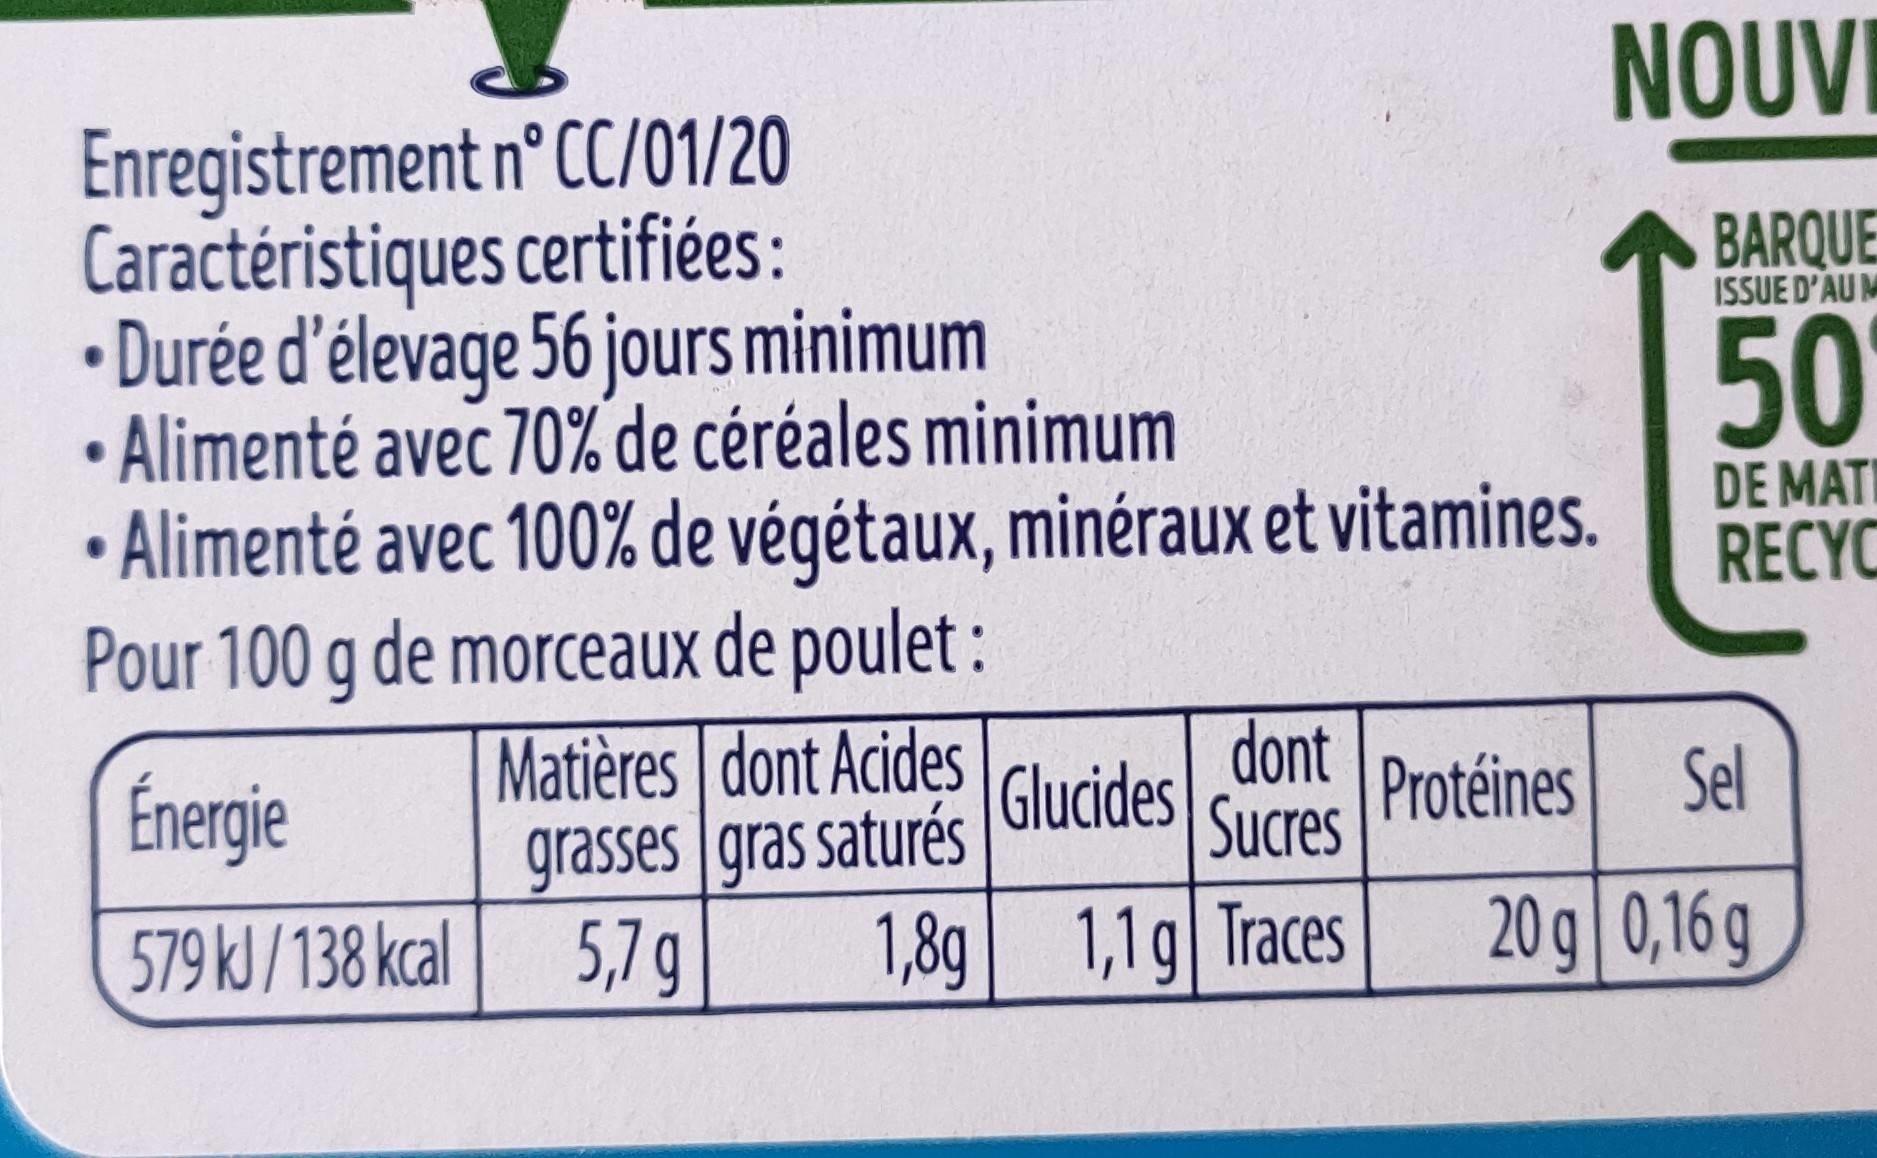
NOUVI
Enregistrement n° CC/01/20 Caractéristiques certifiées: Durée d'élevage 56 jours minimum • Alimenté avec 70% de céréales minimum
BARQUE
ISSUE D'AU M
50
• Alimenté avec 100% de végétaux, minéraux et vitamines.
DE MATI RECYC
Pour 100 g de morceaux de poulet :
Énergie
Matières dont Acides Glucides
dont
Protéines
Sel
grasses gras saturés
Sucres
579 kJ/138 kcal
5,7 g
1,8g| 1,1g| Traces
20 g 0,16g